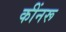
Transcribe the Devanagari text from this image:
कींनरू